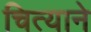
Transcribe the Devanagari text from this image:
चित्याने